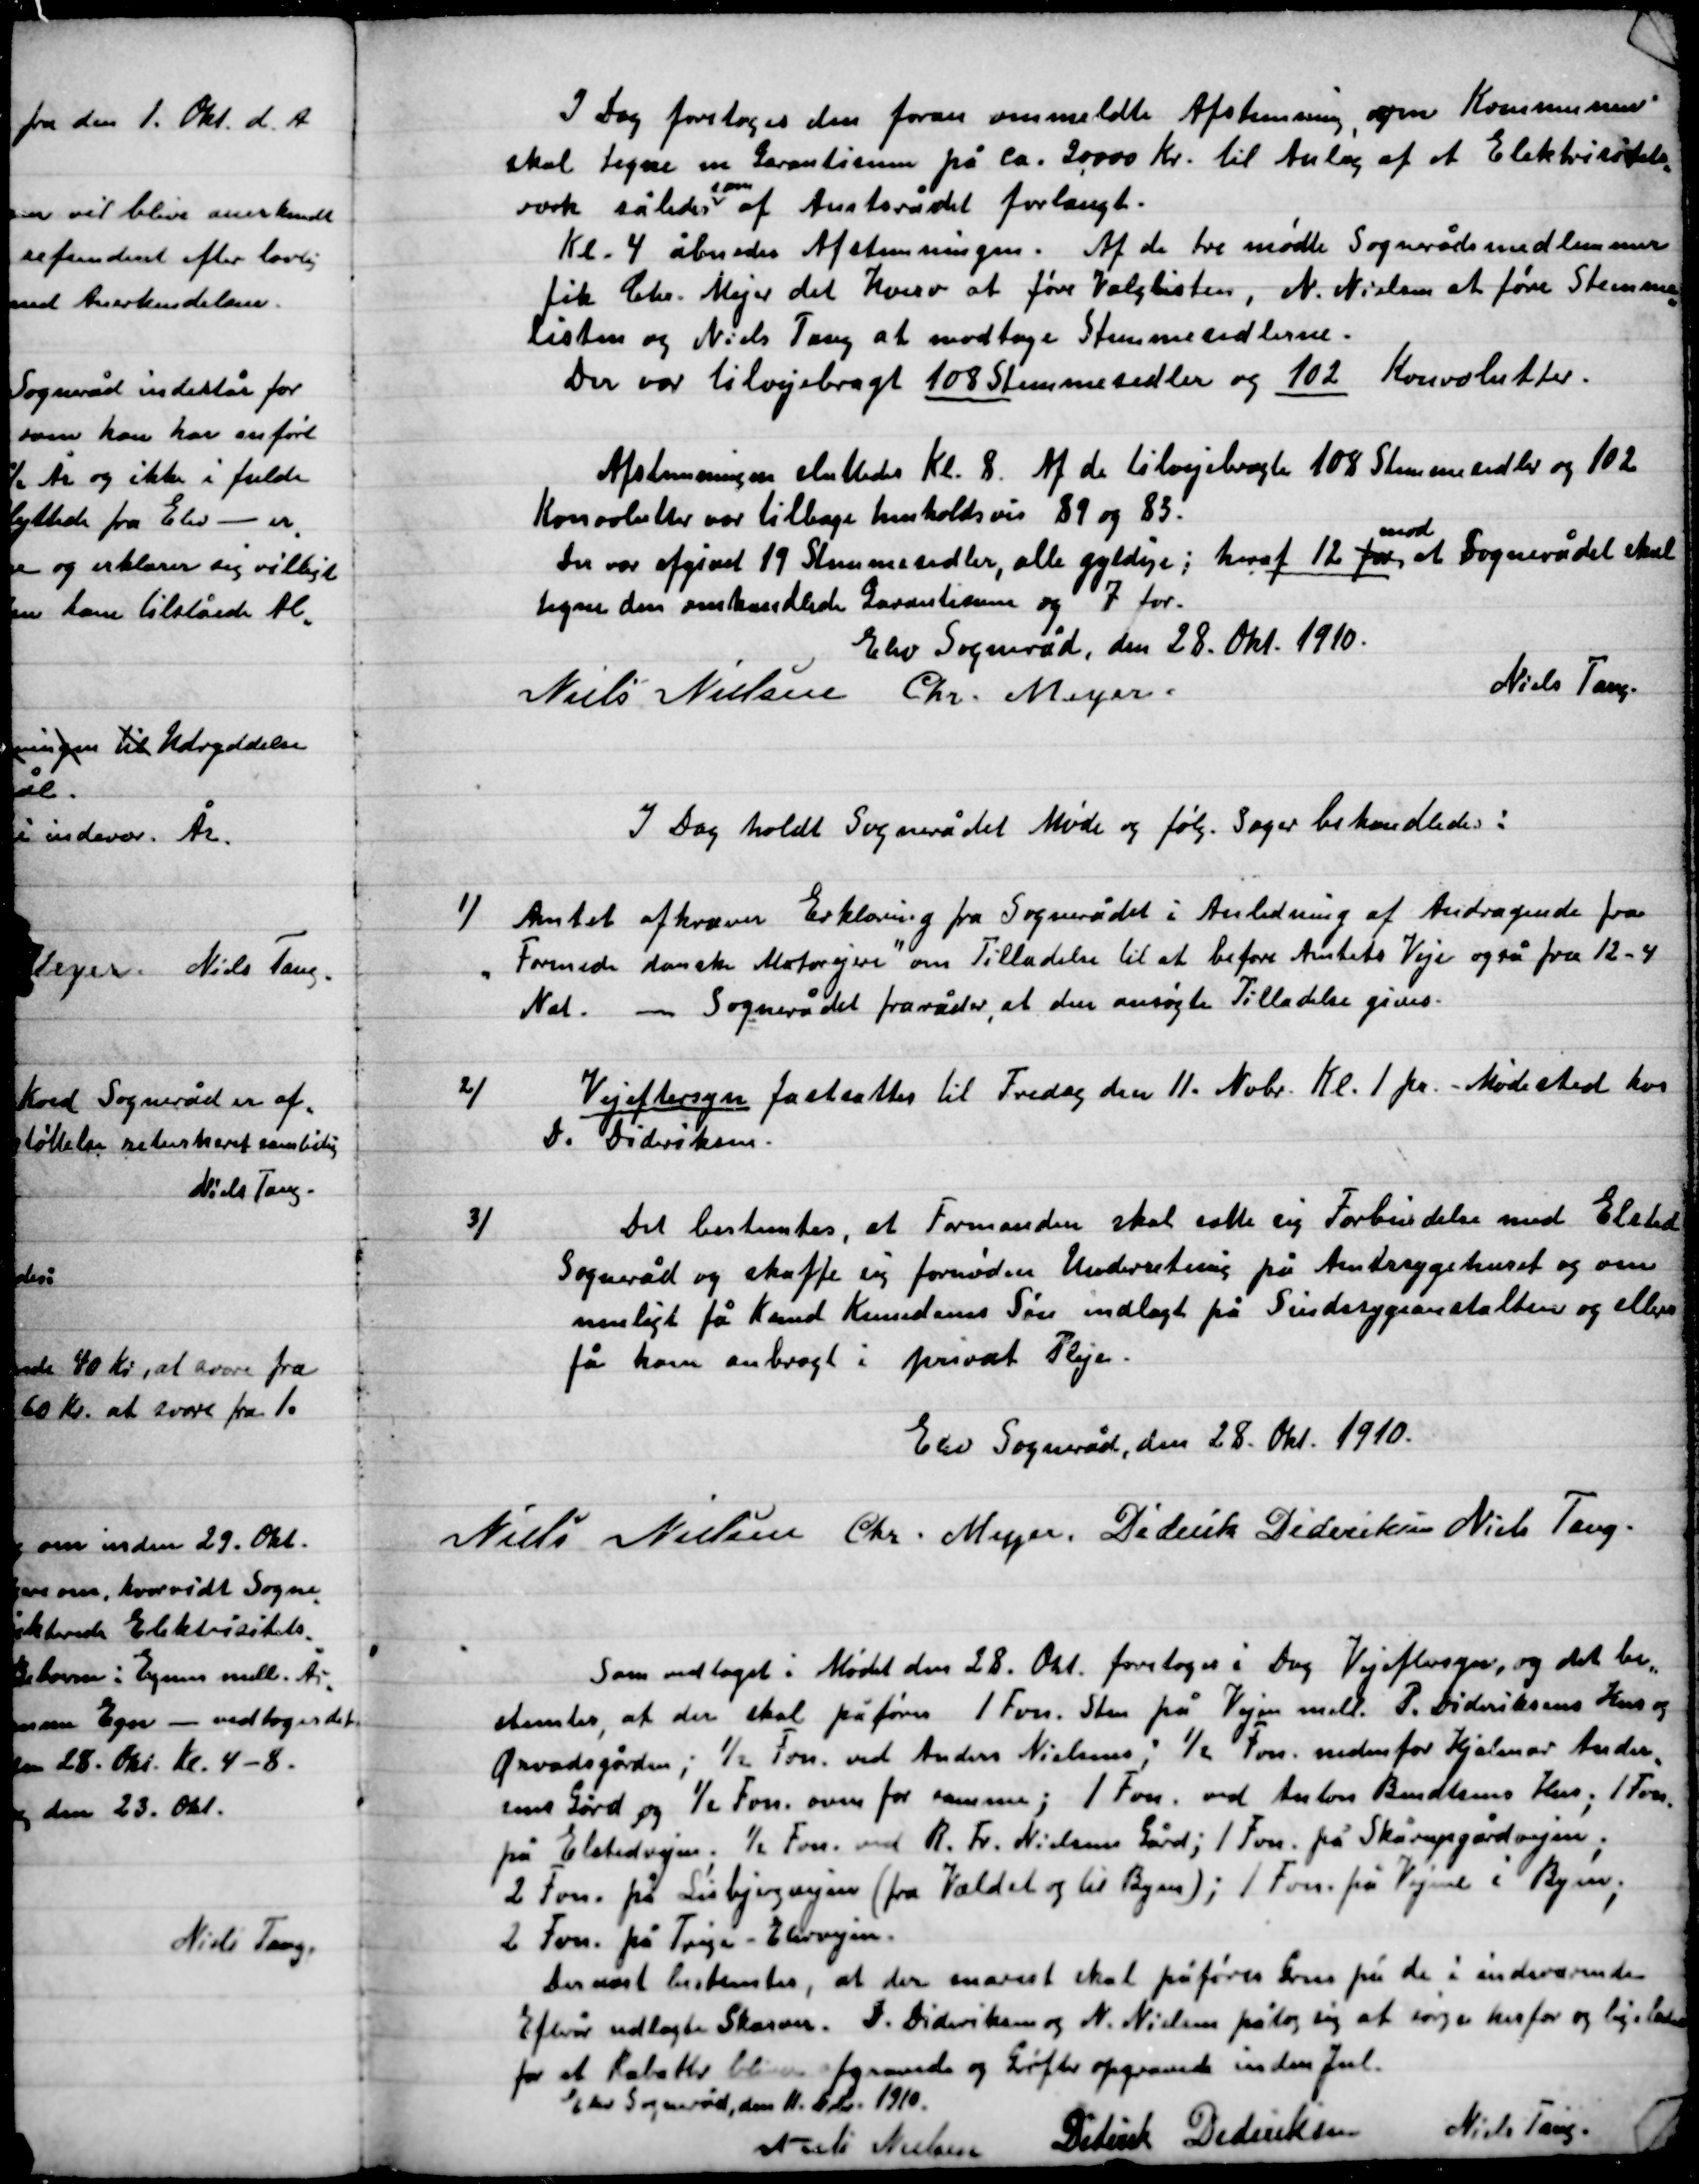
Transskription:
I Dag foretoges den foran ommeldte Afstemning, som Kommunen
skal tegne en Garantisum på ca. 20.000 Kr. til anlæg af et Elektricitets-
værk således
som
af Amtsrådet forlangt.
Kl. 4. åbnedes Afstemningen. Af de tre mødte Sognerådsmedlemmer
fik Chr. Mejer det Hverv at føre Valglisten, N. Nielsen at føre Stemme-
listen og Niels Tang at modtage stemmesedlerne.
Der var tilvejebragt  108 Stemmesedler og 102 Konvolutter.

Afstemningen sluttede Kl. 8. Af de tilvejebragte 108 Stemmer og 102
Konvoluter var tilbage henholdsvis 89 og 83.
Der var afgivet 19 Stemmesedler, alle gyldige; hvoraf 12 for
mod
at Sognerådet skal
tegne den omhandlende Garantisum og 7 for.

Elev Sogneråd, den 28 Okt. 1910.

Niels Nielsen
Chr. Meyer.
Niels Tang.

I Dag holdt Sognerådet Møde og følg. Sager behandledes:

1)

Amtet kræver Erklæring fra Sognerådet i Anledning af Andragende fra
”Forenede danske Motorejere” om tilladelse til at befordre Amtets veje også fra 12-4
Nat. – Sognerådet fraråder, at den ansøgte tilladelse gives

2)

Vejeftersyn fastsættes til Fredag den 11. Nobr. Kl. 1 pr. Mødested hos
D. Dideriksen.

3)

Det bestemtes, at Formanden sætte sig i Forbindelse med Elsted
Sogneråd og skaffe sig fornøden Underretning på Amtssygehuset og om
muligt få Knud Knudsens Søn indlagt på Sindssygeanstalten og eller
få ham anbragt i Privat Pleje.

Elev Sogneråd, den 28 Okt. 1910.

Niels Nielsen
Chr. Meyer
Diderik Dideriksen
Niels Tang.

Som vedtaget i Mødet den 28 Okt. foretoges i Dag Vejeftersyn, og det  be-
Stemtes, at der skal påføres 1 Fvn. Sten på Vejen mell. P. Dideriksens Hus og
Ørvadsgården og ½ Fvn. ved Anders Nielsen; ½ Fvn. nedenfor Hjalmar Ander-
sens Gård og ½ Fvn. oven or samme ; 1 Fvn. ved Anton Bundlens Hus; 1 Fvn.
på Elstedvejen; ½ Fvn. ved R. Fr. Nielsens Gård; 1 Fvn. på Skårupgård vejen;
2 Fvn. på Lisbjerg vejen (fra Vældet og til Byen); 1 Fvn. på vejen i Byen;
2 Fvn. på Trige-Elsted vejen.
Dernæst bestemtes, at der snarest skal påføres Grus på de i indeværende
Efterår udlagte skærme. D. Dideriksen og N. Nielsen påtog sig at sørge herfor og ligeledes
for at Rabatten bliver afrundet og Grøfter opgravet inden Jul.

Elev Sogneråd, den 11 Okt. 1910.

Niels Nielsen
Diderik Dideriksen
Niels Tang.